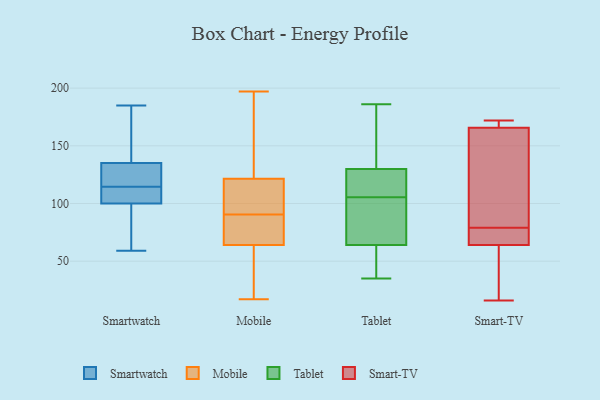
{"axis": {"x": "Budget (USD K)", "y": "Value"}, "legend": ["Mobile", "Smart-TV", "Smartwatch", "Tablet"], "data": [{"x": "", "y": 112, "type": "Smartwatch"}, {"x": "", "y": 114, "type": "Smartwatch"}, {"x": "", "y": 156, "type": "Smartwatch"}, {"x": "", "y": 135, "type": "Smartwatch"}, {"x": "", "y": 70, "type": "Smartwatch"}, {"x": "", "y": 185, "type": "Smartwatch"}, {"x": "", "y": 59, "type": "Smartwatch"}, {"x": "", "y": 115, "type": "Smartwatch"}, {"x": "", "y": 100, "type": "Smartwatch"}, {"x": "", "y": 133, "type": "Smartwatch"}, {"x": "", "y": 110, "type": "Mobile"}, {"x": "", "y": 17, "type": "Mobile"}, {"x": "", "y": 112, "type": "Mobile"}, {"x": "", "y": 180, "type": "Mobile"}, {"x": "", "y": 68, "type": "Mobile"}, {"x": "", "y": 197, "type": "Mobile"}, {"x": "", "y": 71, "type": "Mobile"}, {"x": "", "y": 32, "type": "Mobile"}, {"x": "", "y": 110, "type": "Mobile"}, {"x": "", "y": 62, "type": "Mobile"}, {"x": "", "y": 131, "type": "Mobile"}, {"x": "", "y": 66, "type": "Mobile"}, {"x": "", "y": 186, "type": "Tablet"}, {"x": "", "y": 35, "type": "Tablet"}, {"x": "", "y": 92, "type": "Tablet"}, {"x": "", "y": 130, "type": "Tablet"}, {"x": "", "y": 119, "type": "Tablet"}, {"x": "", "y": 132, "type": "Tablet"}, {"x": "", "y": 64, "type": "Tablet"}, {"x": "", "y": 65, "type": "Tablet"}, {"x": "", "y": 62, "type": "Tablet"}, {"x": "", "y": 126, "type": "Tablet"}, {"x": "", "y": 43, "type": "Smart-TV"}, {"x": "", "y": 171, "type": "Smart-TV"}, {"x": "", "y": 77, "type": "Smart-TV"}, {"x": "", "y": 136, "type": "Smart-TV"}, {"x": "", "y": 79, "type": "Smart-TV"}, {"x": "", "y": 168, "type": "Smart-TV"}, {"x": "", "y": 75, "type": "Smart-TV"}, {"x": "", "y": 172, "type": "Smart-TV"}, {"x": "", "y": 71, "type": "Smart-TV"}, {"x": "", "y": 165, "type": "Smart-TV"}, {"x": "", "y": 171, "type": "Smart-TV"}, {"x": "", "y": 73, "type": "Smart-TV"}, {"x": "", "y": 17, "type": "Smart-TV"}, {"x": "", "y": 114, "type": "Smart-TV"}, {"x": "", "y": 16, "type": "Smart-TV"}, {"x": "", "y": 157, "type": "Smart-TV"}, {"x": "", "y": 19, "type": "Smart-TV"}]}